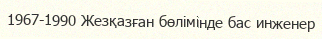
1967-1990 Жезқазған бөлімінде бас инженер